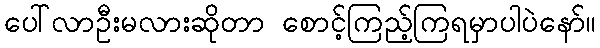
ပေါ်လာဦးမလားဆိုတာ စောင့်ကြည့်ကြရမှာပါပဲနော်။